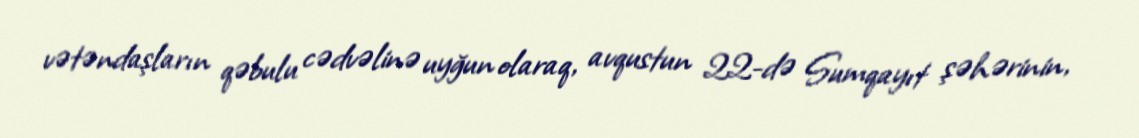
vətəndaşların qəbulu cədvəlinə uyğun olaraq, avqustun 22-də Sumqayıt şəhərinin,